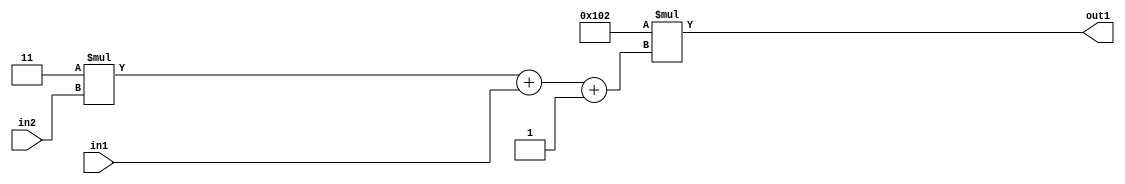
`timescale 1ps / 1ps
/*****************************************************************************
    Verilog RTL Description
    
    
    Created by: Stratus DpOpt 2019.1.01 
*******************************************************************************/

module DC_Filter_Mul2i258Add3i1u1Mul2i3u2_1 (
	in2,
	in1,
	out1
	); /* architecture "behavioural" */ 
input [1:0] in2;
input  in1;
output [11:0] out1;
wire [11:0] asc001;
wire [3:0] asc002;

wire [3:0] asc002_tmp_0;
wire [3:0] asc002_tmp_1;
assign asc002_tmp_1 = 
	+(4'B0011 * in2);
assign asc002_tmp_0 = asc002_tmp_1
	+(in1);
assign asc002 = asc002_tmp_0
	+(4'B0001);

assign asc001 = 
	+(12'B000100000010 * asc002);

assign out1 = asc001;
endmodule

/* CADENCE  v7T2Qww= : u9/ySgnWtBlWxVPRXgAZ4Og= ** DO NOT EDIT THIS LINE ******/